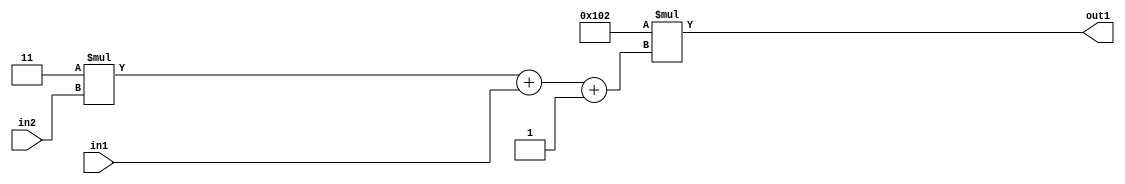
`timescale 1ps / 1ps
/*****************************************************************************
    Verilog RTL Description
    
    
    Created by: Stratus DpOpt 2019.1.01 
*******************************************************************************/

module DC_Filter_Mul2i258Add3i1u1Mul2i3u2_1 (
	in2,
	in1,
	out1
	); /* architecture "behavioural" */ 
input [1:0] in2;
input  in1;
output [11:0] out1;
wire [11:0] asc001;
wire [3:0] asc002;

wire [3:0] asc002_tmp_0;
wire [3:0] asc002_tmp_1;
assign asc002_tmp_1 = 
	+(4'B0011 * in2);
assign asc002_tmp_0 = asc002_tmp_1
	+(in1);
assign asc002 = asc002_tmp_0
	+(4'B0001);

assign asc001 = 
	+(12'B000100000010 * asc002);

assign out1 = asc001;
endmodule

/* CADENCE  v7T2Qww= : u9/ySgnWtBlWxVPRXgAZ4Og= ** DO NOT EDIT THIS LINE ******/